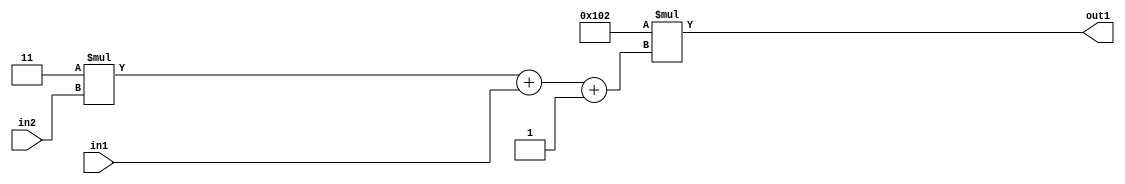
`timescale 1ps / 1ps
/*****************************************************************************
    Verilog RTL Description
    
    
    Created by: Stratus DpOpt 2019.1.01 
*******************************************************************************/

module DC_Filter_Mul2i258Add3i1u1Mul2i3u2_1 (
	in2,
	in1,
	out1
	); /* architecture "behavioural" */ 
input [1:0] in2;
input  in1;
output [11:0] out1;
wire [11:0] asc001;
wire [3:0] asc002;

wire [3:0] asc002_tmp_0;
wire [3:0] asc002_tmp_1;
assign asc002_tmp_1 = 
	+(4'B0011 * in2);
assign asc002_tmp_0 = asc002_tmp_1
	+(in1);
assign asc002 = asc002_tmp_0
	+(4'B0001);

assign asc001 = 
	+(12'B000100000010 * asc002);

assign out1 = asc001;
endmodule

/* CADENCE  v7T2Qww= : u9/ySgnWtBlWxVPRXgAZ4Og= ** DO NOT EDIT THIS LINE ******/